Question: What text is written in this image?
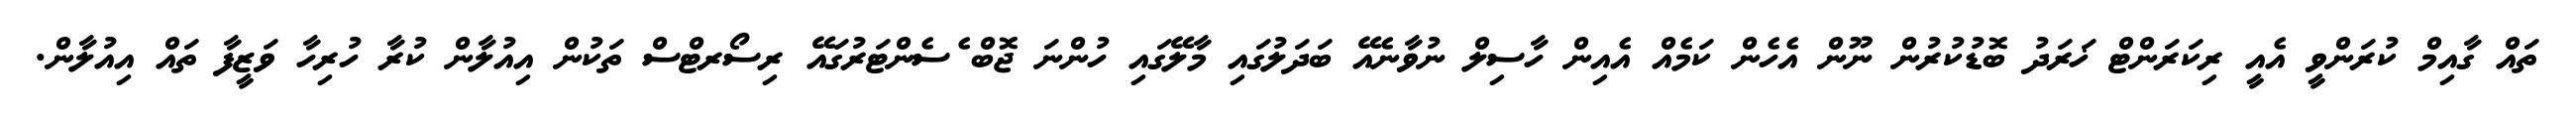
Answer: ތައް ގާއިމް ކުރަންވީ އެއީ ރިކަރަންޓް ޚަރަދު ބޮޑުކުރުން ނޫން އެހެން ކަމެއް އެއިން ހާސިލް ނުވާނެއޭ ބަދަލުގައި މާލޭގައި ހުންނަ ޖޮބް ެސެންޓަރުގައޭ ރިސޯރޓްސް ތަކުން އިއުލާން ކުރާ ހުރިހާ ވަޒީފާ ތައް އިއުލާން.